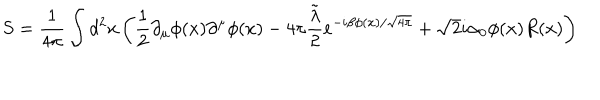
LaTeX: S = \frac { 1 } { 4 \pi } \int d ^ { 2 } x \left( \frac { 1 } { 2 } \partial _ { \mu } \phi ( x ) \partial ^ { \mu } \phi ( x ) - 4 \pi \frac { \tilde { \lambda } } { 2 } e ^ { - i \beta \phi ( x ) / \sqrt { 4 \pi } } + \sqrt { 2 } i \alpha _ { 0 } \phi ( x ) R ( x ) \right)